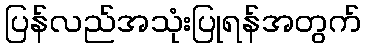
ပြန်လည်အသုံးပြုရန်အတွက်